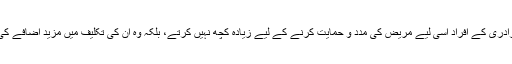
رشتہ دار اور برادری کے افراد اسی لیے مریض کی مدد و حمایت کرنے کے لیے زیادہ کچھ نہیں کرتے، بلکہ وہ ان کی تکلیف میں مزید اضافے کی وجہ بنتے ہیں۔